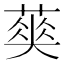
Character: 𦹬